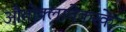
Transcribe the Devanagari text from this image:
औतोक्लावेकरके